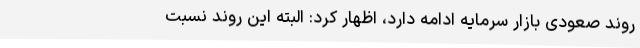
روند صعودی بازار سرمایه ادامه دارد، اظهار کرد: البته این روند نسبت